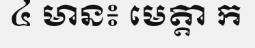
៤ មាន៖ មេត្តា ក